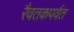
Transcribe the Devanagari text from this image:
रैवतकपर्वत